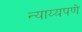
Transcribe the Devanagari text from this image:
न्याय्यपणे